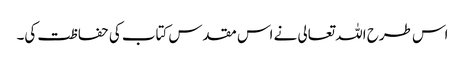
اس طرح اللہ تعالی نے اس مقدس کتاب کی حفاظت کی۔